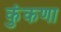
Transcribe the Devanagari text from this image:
कुंकणा